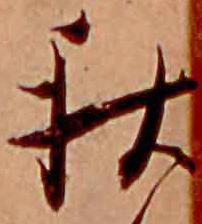
秋